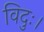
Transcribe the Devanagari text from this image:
विदुः।